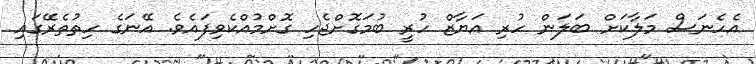
އެހެނަސް މަލާކަށް ބަލަން ހުރި އަޔާޒް ހުރީ ބުމަގޮށްޖެހި ގޮށްމުއްކެވިފައެވެ. އޭނަގެ ހިތުތެރޭގައި